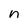
Character: n